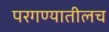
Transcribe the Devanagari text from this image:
परगण्यातीलच